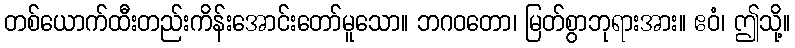
တစ်ယောက်ထီးတည်းကိန်းအောင်းတော်မူသော။ ဘဂဝတော၊ မြတ်စွာဘုရားအား။ ဧဝံ၊ ဤသို့။